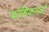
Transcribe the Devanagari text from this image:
कोशिकारओं